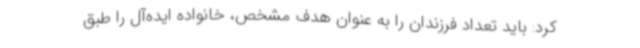
کرد: باید تعداد فرزندان را به عنوان هدف مشخص، خانواده ایده‌آل را طبق